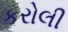
કરોલી